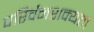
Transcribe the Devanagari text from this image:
परिर्वनशक्यता